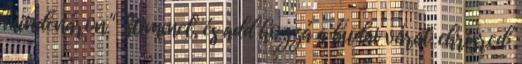
mindenáron." Stimmel, és add hozzá a budai várat. chrisred: